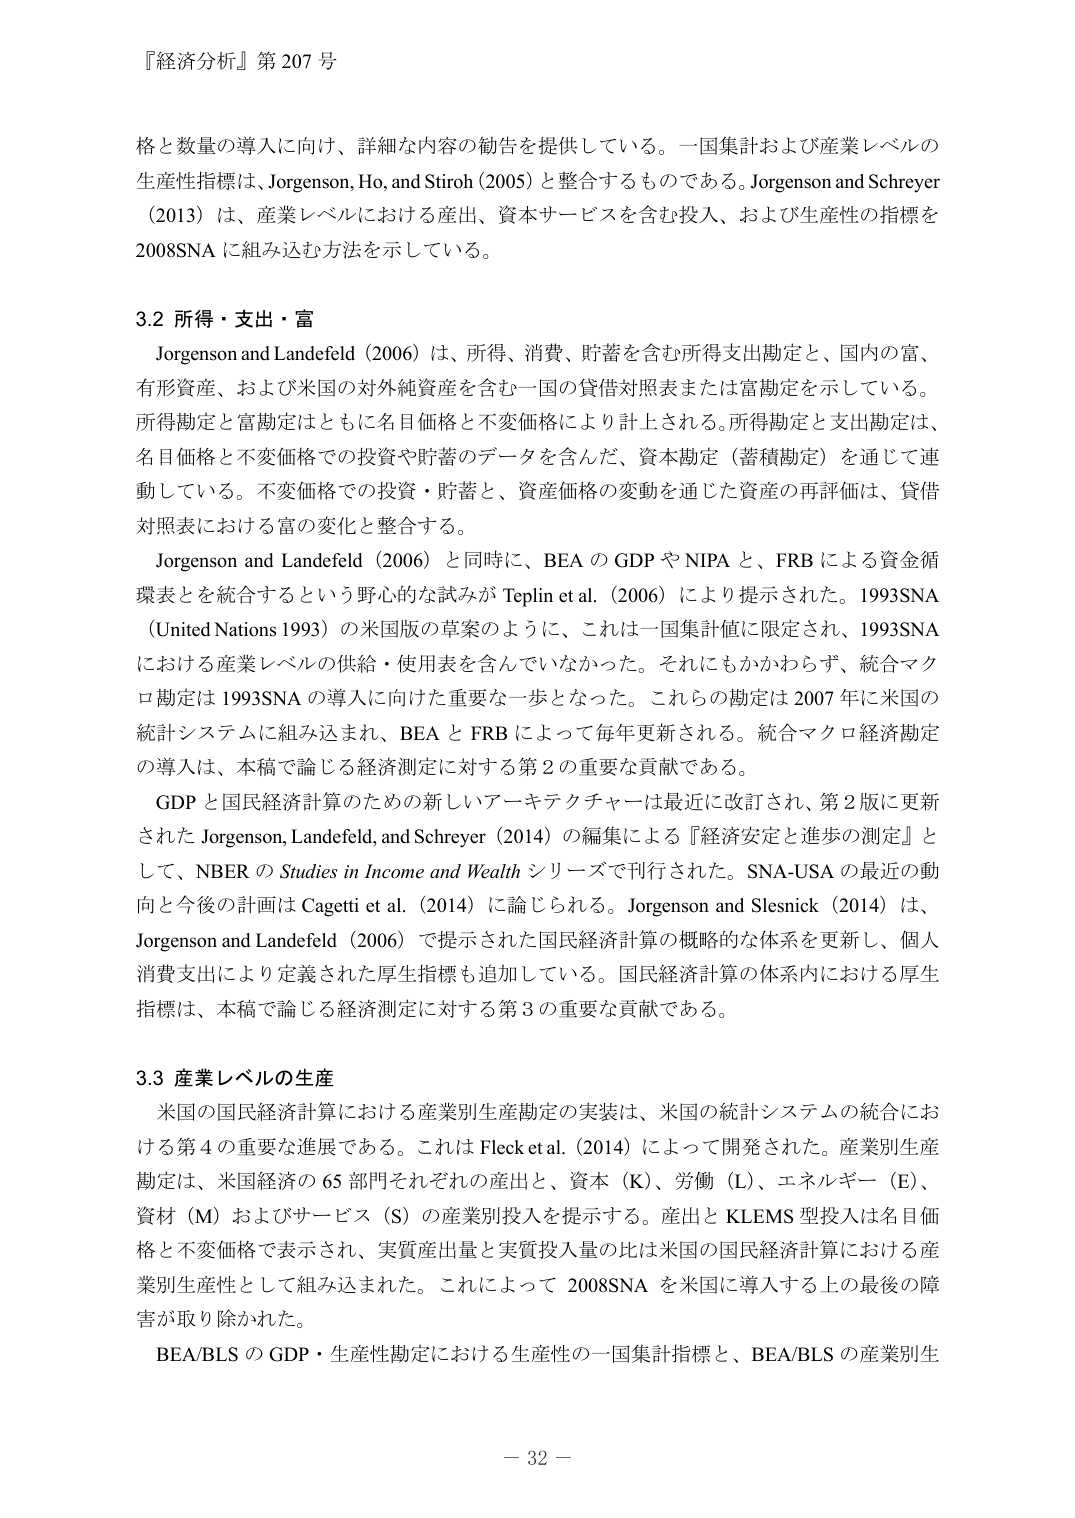
『経済分析』第 207 号

格と数量の導入に向け、詳細な内容の勧告を提供している。一国集計および産業レベルの生産性指標は、Jorgenson, Ho, and Stiroh (2005) と整合するものである。Jorgenson and Schreyer (2013) は、産業レベルにおける産出、資本サービスを含む投入、および生産性の指標を 2008SNA に組み込む方法を示している。

3.2 所得・支出・富

Jorgenson and Landefeld (2006) は、所得、消費、貯蓄を含む所得支出勘定と、国内の富、有形資産、および米国の対外純資産を含む一国の貸借対照表または富勘定を示している。所得勘定と富勘定はともに名目価格と不変価格により計上される。所得勘定と支出勘定は、名目価格と不変価格での投資や貯蓄のデータを含んだ、資本勘定（蓄積勘定）を通じて連動している。不変価格での投資・貯蓄と、資産価格の変動を通じた資産の再評価は、貸借対照表における富の変化と整合する。

Jorgenson and Landefeld (2006) と同時に、BEA の GDP や NIPA と、FRB による資金循環表とを統合するという野心的な試みが Teplin et al. (2006) により提示された。1993SNA (United Nations 1993) の米国版の草案のように、これは一国集計値に限定され、1993SNA における産業レベルの供給・使用表を含んでいなかった。それにもかかわらず、統合マクロ勘定は 1993SNA の導入に向けた重要な一歩となった。これらの勘定は 2007 年に米国の統計システムに組み込まれ、BEA と FRB によって毎年更新される。統合マクロ経済勘定の導入は、本稿で論じる経済測定に対する第 2 の重要な貢献である。

GDP と国民経済計算のための新しいアーキテクチャーは最近に改訂され、第 2 版に更新された Jorgenson, Landefeld, and Schreyer (2014) の編集による『経済安定と進歩の測定』として、NBER の Studies in Income and Wealth シリーズで刊行された。SNA-USA の最近の動向と今後の計画は Cagetti et al. (2014) に論じられる。Jorgenson and Slesnick (2014) は、Jorgenson and Landefeld (2006) で提示された国民経済計算の概略的な体系を更新し、個人消費支出により定義された厚生指標も追加している。国民経済計算の体系内における厚生指標は、本稿で論じる経済測定に対する第 3 の重要な貢献である。

3.3 産業レベルの生産

米国の国民経済計算における産業別生産勘定の実装は、米国の統計システムの統合における第 4 の重要な進展である。これは Fleck et al. (2014) によって開発された。産業別生産勘定は、米国経済の 65 部門それぞれの産出と、資本 (K)、労働 (L)、エネルギー (E)、資材 (M) およびサービス (S) の産業別投入を提示する。産出と KLEMS 型投入は名目価格と不変価格で表示され、実質産出量と実質投入量の比は米国の国民経済計算における産業別生産性として組み込まれた。これによって 2008SNA を米国に導入する上の最後の障害が取り除かれた。

BEA/BLS の GDP・生産性勘定における生産性の一国集計指標と、BEA/BLS の産業別生

－ 32 －